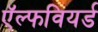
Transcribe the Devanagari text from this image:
ऍल्फवियर्ड